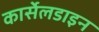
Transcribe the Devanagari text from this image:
कार्सेलडाइन